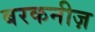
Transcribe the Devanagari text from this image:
बरकनीज़